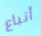
أتباع